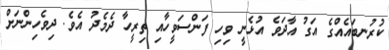
ކުރުނބައެއްގެ އަގު އާދަވެ އުޅެނީ ވިހި ފަންސަވީހާއި ތިރީހާ ދެމެދު އެވެ. ދިވެހިންނަށް